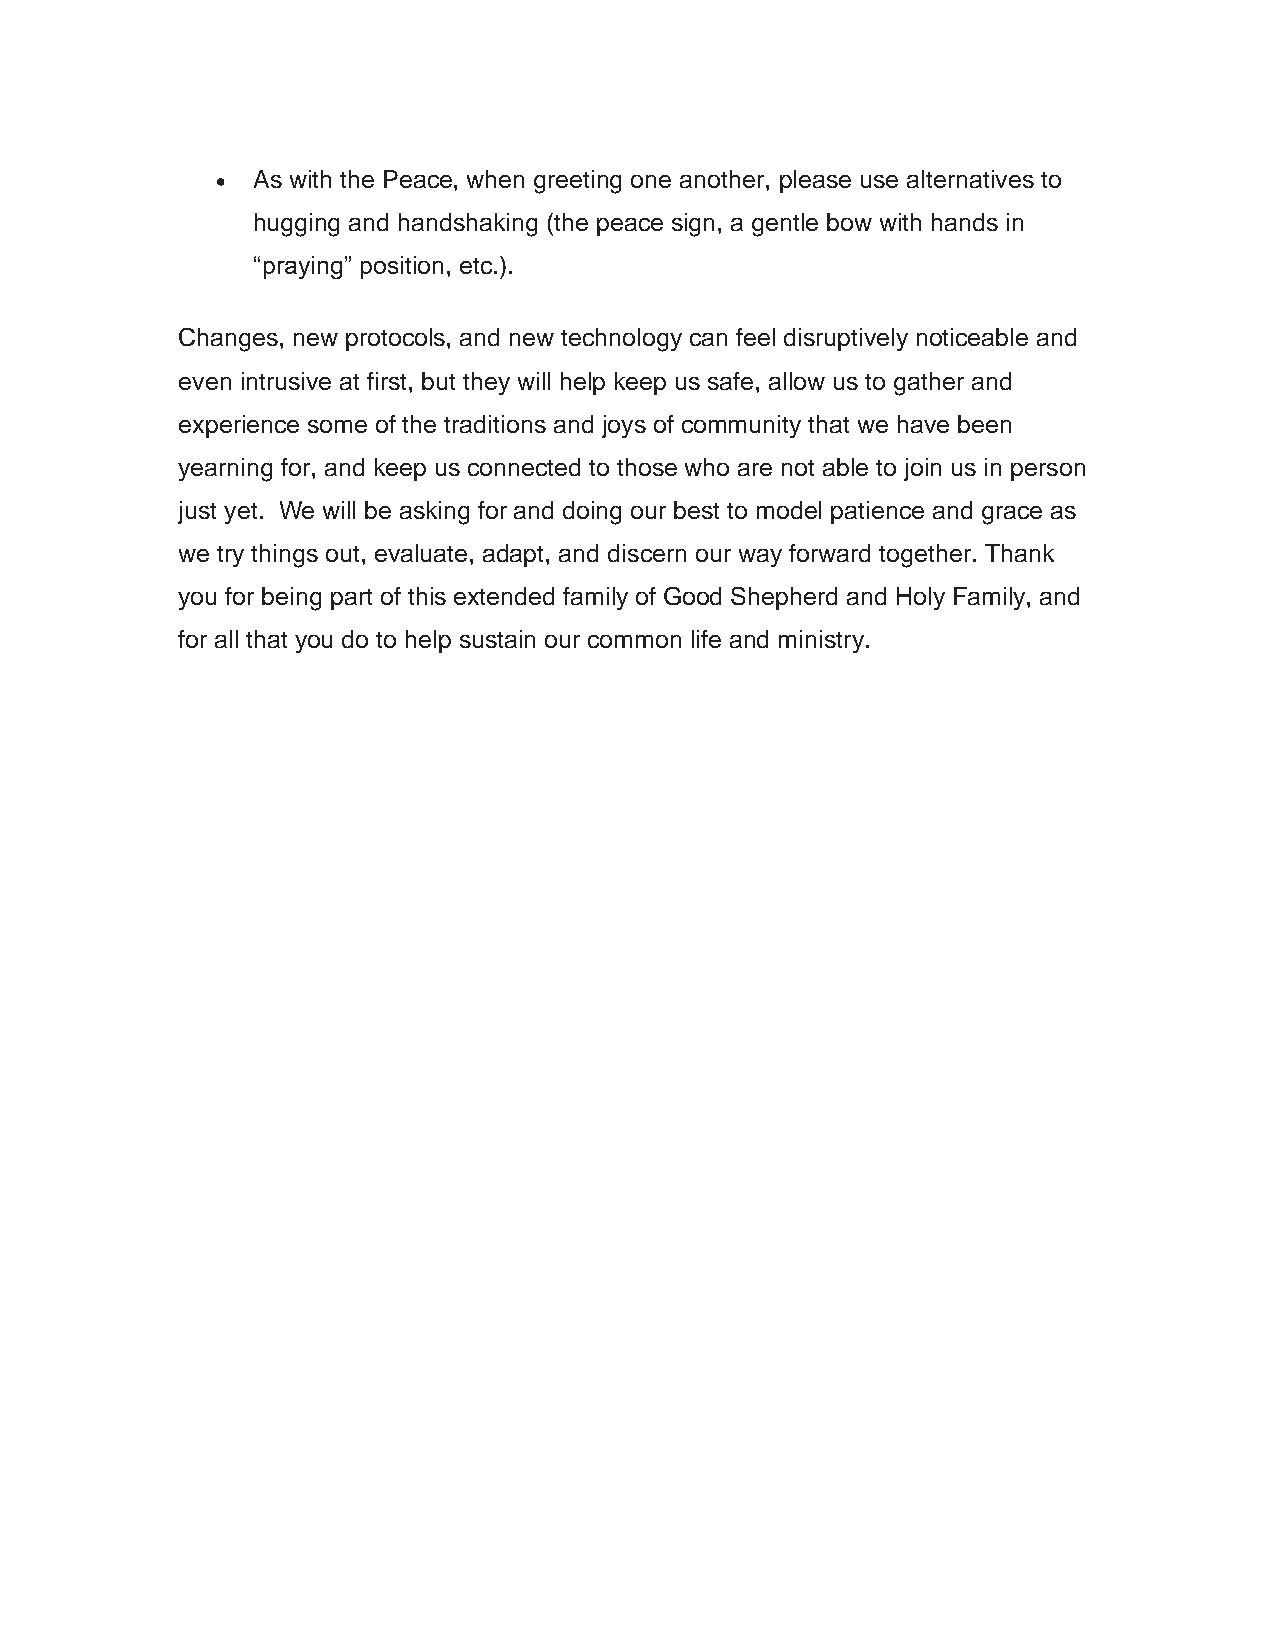
•  As with the Peace, when greeting one another, please use alternatives to
 hugging and handshaking (the peace sign, a gentle bow with hands in
 “praying” position, etc.).
 Changes, new protocols, and new technology can feel disruptively noticeable and
 even intrusive at first, but they will help keep us safe, allow us to gather and
 experience some of the traditions and joys of community that we have been
 yearning for, and keep us connected to those who are not able to join us in person
 just yet. We will be asking for and doing our best to model patience and grace as
 we try things out, evaluate, adapt, and discern our way forward together. Thank
 you for being part of this extended family of Good Shepherd and Holy Family, and
 for all that you do to help sustain our common life and ministry.